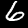
Digit: 6